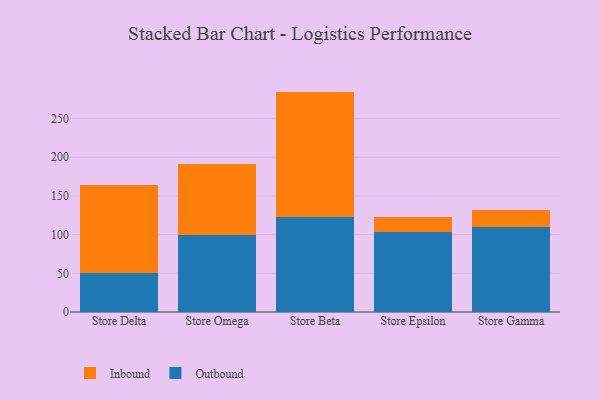
{"axis": {"x": "Store", "y": "Backlog"}, "legend": ["Inbound", "Outbound"], "data": [{"x": "Store Delta", "y": 50.8, "type": "Outbound"}, {"x": "Store Delta", "y": 113.2, "type": "Inbound"}, {"x": "Store Omega", "y": 99.5, "type": "Outbound"}, {"x": "Store Omega", "y": 91.4, "type": "Inbound"}, {"x": "Store Beta", "y": 122.7, "type": "Outbound"}, {"x": "Store Beta", "y": 162.2, "type": "Inbound"}, {"x": "Store Epsilon", "y": 103.7, "type": "Outbound"}, {"x": "Store Epsilon", "y": 18.7, "type": "Inbound"}, {"x": "Store Gamma", "y": 109.7, "type": "Outbound"}, {"x": "Store Gamma", "y": 22.0, "type": "Inbound"}]}